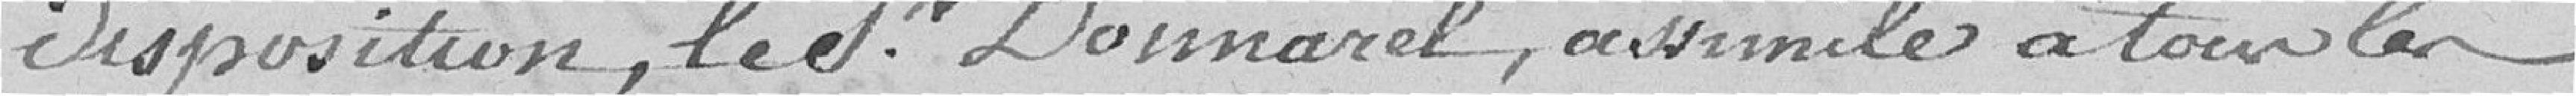
disposition, le Sieur DOMMAREL, assimilé à tous les